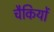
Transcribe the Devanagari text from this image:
चैकियों